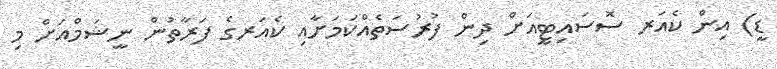
ޑީ) އިން ކެއަރ ސޮސައިޓީއަށް ދިން ފުރުސަތެއްކަމަށާއި ކެއަރގެ ފަރާތުން ނީޝަމްއަށް މި